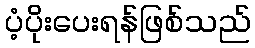
ပံ့ပိုးပေးရန်ဖြစ်သည်